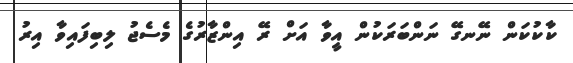
ކާކުކަން ނޭނގޭ ނަންބަރަކުން އީވާ އަށް ރޭ އިންޒާރުގެ މެސެޖު ލިބިފައިވާ އިރު